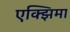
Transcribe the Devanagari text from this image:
एक्झिमा